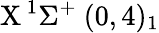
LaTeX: \textrm{X}\, ^{1}\Sigma^{+}~(0,4)_{1}